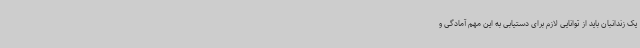
یک زندانبان باید از توانایی لازم برای دستیابی به این مهم آمادگی و